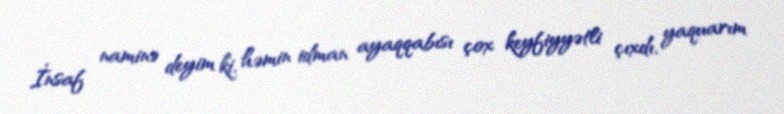
İnsaf naminə deyim ki, həmin idman ayaqqabısı çox keyfiyyətli çıxdı, yaquarım